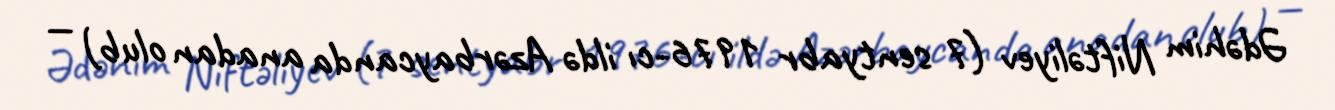
Ədəhim Niftəliyev (7 sentyabr 1976-cı ildə Azərbaycanda anadan olub) —